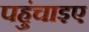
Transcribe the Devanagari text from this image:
पहुंचाइए